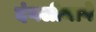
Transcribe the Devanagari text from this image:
दंगलीमागे